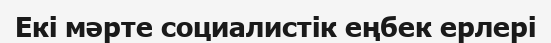
Екі мәрте социалистік еңбек ерлері